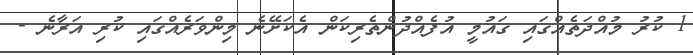
1 ކުރު މުއްދަތެއްގައި ގައުމީ އުފެއްދުންތެރިކަން އެކަށޭނެ މިންވަރެއްގައި ކުރި އަރާނެ -